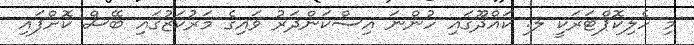
މި ހެލިކޮޕްޓަރަކީ ލ. ކައްދޫގައި ހުންނަ އިސްކަންދަރު ވައިގެ މަރުކަޒުގައި ބޭސް ކޮށްފައި